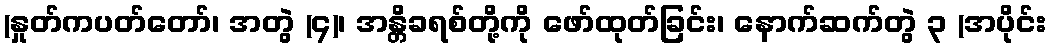
(နှုတ်ကပတ်တော်၊ အတွဲ (၄)၊ အန္တိခရစ်တို့ကို ဖော်ထုတ်ခြင်း၊ နောက်ဆက်တွဲ ၃ (အပိုင်း